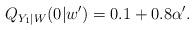
LaTeX: \begin{align*}Q_{Y_1|W}(0|w')=0.1+0.8\alpha'.\end{align*}